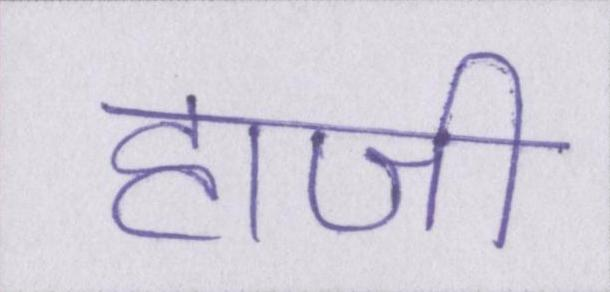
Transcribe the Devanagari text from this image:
हाजी